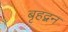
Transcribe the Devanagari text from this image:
बृहद्बन